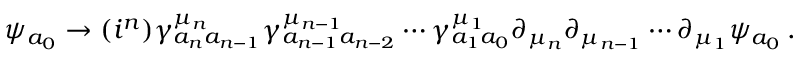
\psi _ { a _ { 0 } } \rightarrow ( i ^ { n } ) \gamma _ { a _ { n } a _ { n - 1 } } ^ { \mu _ { n } } \gamma _ { a _ { n - 1 } a _ { n - 2 } } ^ { \mu _ { n - 1 } } \cdots \gamma _ { a _ { 1 } a _ { 0 } } ^ { \mu _ { 1 } } \partial _ { \mu _ { n } } \partial _ { \mu _ { n - 1 } } \cdots \partial _ { \mu _ { 1 } } \psi _ { a _ { 0 } } \, .